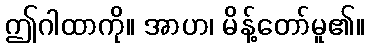
ဤဂါထာကို။ အာဟ၊ မိန့်တော်မူ၏။